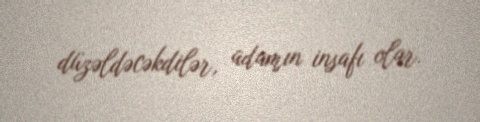
düzəldəcəkdilər, adamın insafı olar.